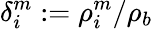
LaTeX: \delta_{i}^{m}:=\rho_{i}^{m}/\rho_{b}